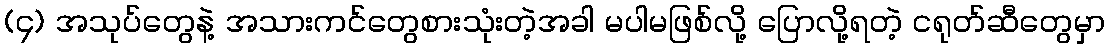
(၄) အသုပ်တွေနဲ့ အသားကင်တွေစားသုံးတဲ့အခါ မပါမဖြစ်လို့ ပြောလို့ရတဲ့ ငရုတ်ဆီတွေမှာ